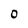
Character: 0